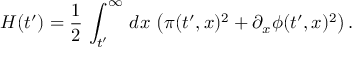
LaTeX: H ( t ^ { \prime } ) = { \frac { 1 } { 2 } } \, \int _ { t ^ { \prime } } ^ { \infty } \, d x \, \left( \pi ( t ^ { \prime } , x ) ^ { 2 } + \partial _ { x } \phi ( t ^ { \prime } , x ) ^ { 2 } \right) .